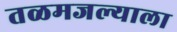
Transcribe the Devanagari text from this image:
तळमजल्याला